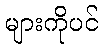
များကိုပင်